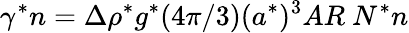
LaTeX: \gamma^{*}n=\Delta\rho^{*}g^{*}({4\pi}/{3})(a^{*})^{3}AR~N^{*}n